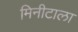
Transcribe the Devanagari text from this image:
मिनीटाला